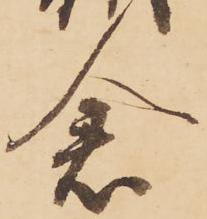
倉